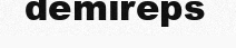
demireps